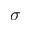
\sigma